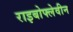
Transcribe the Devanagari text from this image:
राइबोफ्लेवीन